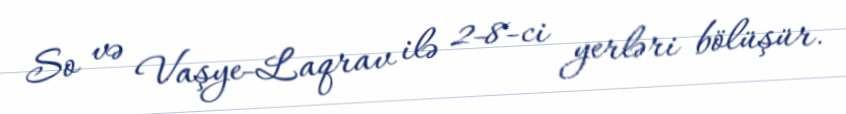
So və Vaşye-Laqrav ilə 2-8-ci yerləri bölüşür.